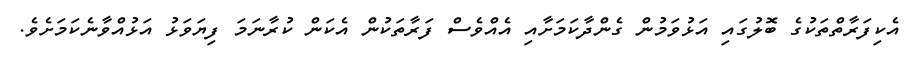
އެކިފަރާތްތަކުގެ ބޮލުގައި އަޅުވަމުން ގެންދާކަމަށާއި އެއްވެސް ފަރާތަކުން އެކަން ކުރާނަމަ ފިޔަވަޅު އަޅުއްވާނެކަމަށެވެ.